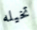
تخيله